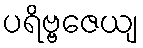
ပရိဗ္ဗဇေယျ